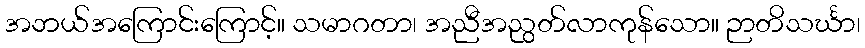
အဘယ်အကြောင်းကြောင့်။ သမာဂတာ၊ အညီအညွတ်လာကုန်သော။ ဉာတိသင်္ဃာ၊